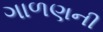
ગાળણની